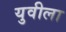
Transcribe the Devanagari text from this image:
युवीला